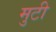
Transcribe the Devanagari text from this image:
मुटी